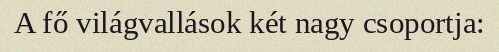
A fő világvallások két nagy csoportja: